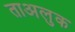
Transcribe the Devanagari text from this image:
ताअलुक